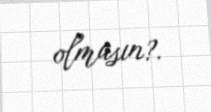
olmasın?.